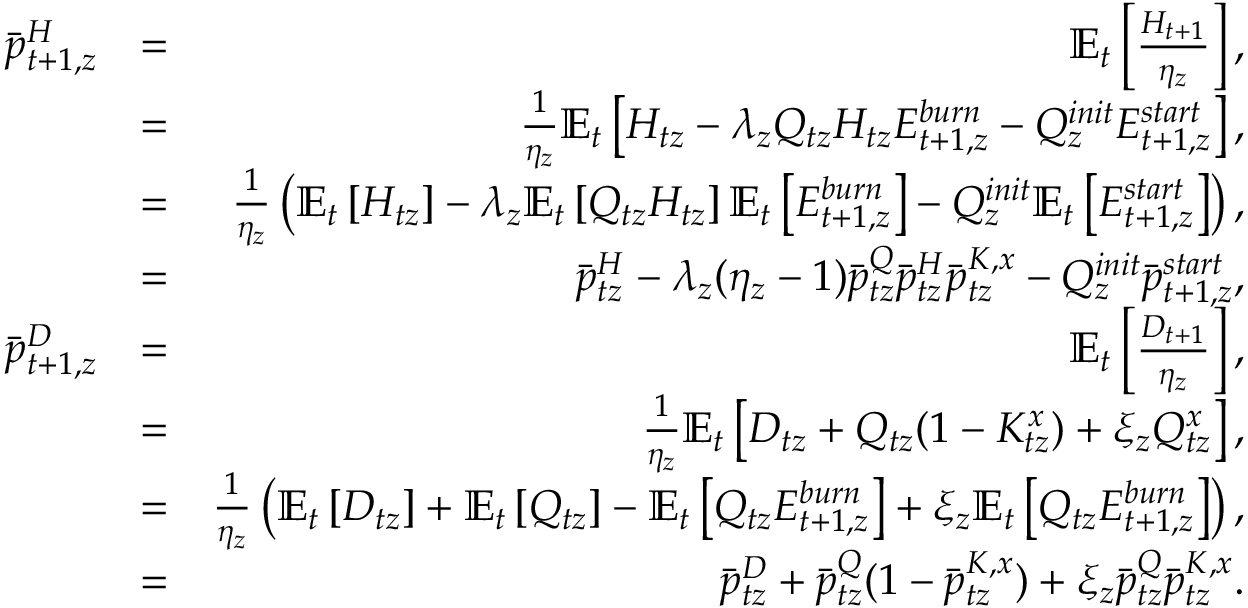
\begin{array} { r l r } { \bar { p } _ { t + 1 , z } ^ { H } } & { = } & { \mathbb { E } _ { t } \left[ \frac { H _ { t + 1 } } { \eta _ { z } } \right] , } \\ & { = } & { \frac { 1 } { \eta _ { z } } \mathbb { E } _ { t } \left[ H _ { t z } - \lambda _ { z } Q _ { t z } H _ { t z } E _ { t + 1 , z } ^ { b u r n } - Q _ { z } ^ { i n i t } E _ { t + 1 , z } ^ { s t a r t } \right] , } \\ & { = } & { \frac { 1 } { \eta _ { z } } \left( \mathbb { E } _ { t } \left[ H _ { t z } \right] - \lambda _ { z } \mathbb { E } _ { t } \left[ Q _ { t z } H _ { t z } \right] \mathbb { E } _ { t } \left[ E _ { t + 1 , z } ^ { b u r n } \right] - Q _ { z } ^ { i n i t } \mathbb { E } _ { t } \left[ E _ { t + 1 , z } ^ { s t a r t } \right] \right) , } \\ & { = } & { \bar { p } _ { t z } ^ { H } - \lambda _ { z } ( \eta _ { z } - 1 ) \bar { p } _ { t z } ^ { Q } \bar { p } _ { t z } ^ { H } \bar { p } _ { t z } ^ { K , x } - Q _ { z } ^ { i n i t } \bar { p } _ { t + 1 , z } ^ { s t a r t } , } \\ { \bar { p } _ { t + 1 , z } ^ { D } } & { = } & { \mathbb { E } _ { t } \left[ \frac { D _ { t + 1 } } { \eta _ { z } } \right] , } \\ & { = } & { \frac { 1 } { \eta _ { z } } \mathbb { E } _ { t } \left[ D _ { t z } + Q _ { t z } ( 1 - K _ { t z } ^ { x } ) + \xi _ { z } Q _ { t z } ^ { x } \right] , } \\ & { = } & { \frac { 1 } { \eta _ { z } } \left( \mathbb { E } _ { t } \left[ D _ { t z } \right] + \mathbb { E } _ { t } \left[ Q _ { t z } \right] - \mathbb { E } _ { t } \left[ Q _ { t z } E _ { t + 1 , z } ^ { b u r n } \right] + \xi _ { z } \mathbb { E } _ { t } \left[ Q _ { t z } E _ { t + 1 , z } ^ { b u r n } \right] \right) , } \\ & { = } & { \bar { p } _ { t z } ^ { D } + \bar { p } _ { t z } ^ { Q } ( 1 - \bar { p } _ { t z } ^ { K , x } ) + \xi _ { z } \bar { p } _ { t z } ^ { Q } \bar { p } _ { t z } ^ { K , x } . } \end{array}